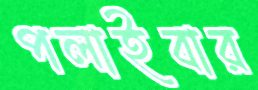
পলাইবার